画像に写った文字を読んでください
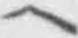
「ヘ」と書いてあります